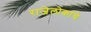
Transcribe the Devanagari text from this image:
राजेलोकांचे